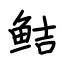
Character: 鲒